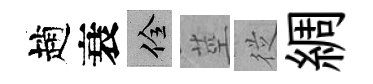
趙衰佺莖従綢